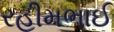
રહીમભાઈ